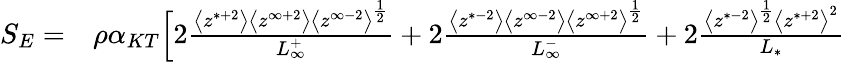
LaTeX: \begin{array}{rl}{S_{E}=}&{{}\rho\alpha_{KT}\Big[2\frac{\big<z^{*+2}\big>\big<z^{\infty+2}\big>\big<z^{\infty-2}\big>^{\frac{1}{2}}}{L_{\infty}^{+}}+2\frac{\big<z^{*-2}\big>\big<z^{\infty-2}\big>\big<z^{\infty+2}\big>^{\frac{1}{2}}}{L_{\infty}^{-}}+2\frac{\big<z^{*-2}\big>^{\frac{1}{2}}\big<z^{*+2}\big>^{2}}{L_{*}}}\end{array}